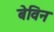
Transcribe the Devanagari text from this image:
बेविन